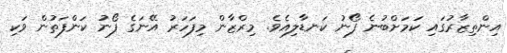
އިންތިޒާރުގައި ކަމަށްބުނެ ފޯނު ކަނޑާލިއެވެ. މިރްޒާން މިފަހަރު އޭނަގެ ފޯނު ކަންފަތުން ވަކި